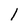
Character: l